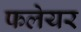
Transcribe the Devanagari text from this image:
फलेयर